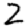
Digit: 2